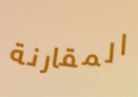
المقارنة